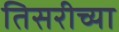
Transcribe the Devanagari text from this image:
तिसरीच्या